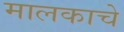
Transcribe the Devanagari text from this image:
मालकाचे